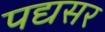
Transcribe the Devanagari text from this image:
पद्यसर